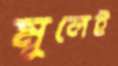
মূলেই